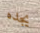
يجده